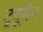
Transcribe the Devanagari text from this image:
ट्र्यूमेन